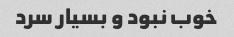
خوب نبود و بسیار سرد